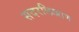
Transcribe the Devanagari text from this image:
सदरलिखाण